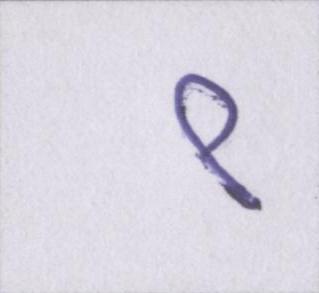
९